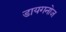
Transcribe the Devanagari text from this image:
डायगनोज